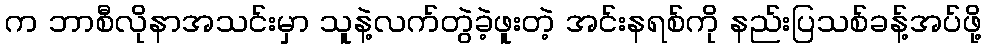
က ဘာစီလိုနာအသင်းမှာ သူနဲ့လက်တွဲခဲ့ဖူးတဲ့ အင်းနရစ်ကို နည်းပြသစ်ခန့်အပ်ဖို့